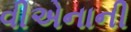
વીએનાની